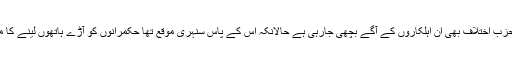
چوہدریوں سمیت ہماری حزب اختلاف بھی ان اہلکاروں کے آگے بچھی جارہی ہے حالانکہ اس کے پاس سنہری موقع تھا حکمرانوں کو آڑے ہاتھوں لینے کا مگر وہ ایسا نہیں کرسکے۔